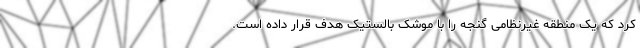
کرد که یک منطقه غیرنظامی گنجه را با موشک بالستیک هدف قرار داده است.